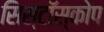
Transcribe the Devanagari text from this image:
सिस्टॉस्कोप